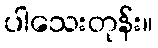
ပါသေးတုန်း။